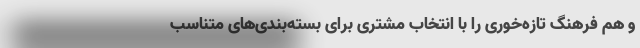
و هم فرهنگ تازه‌خوری را با انتخاب مشتری برای بسته‌بندی‌های متناسب